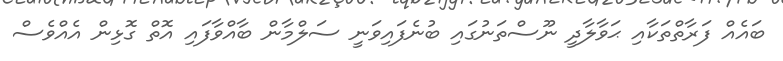
ބައެއް ފަރާތްތަކާއި ޙަވާލާދީ ނޫސްތަނުގައި ބުނެފައިވަނީ ސަލްމާން ބާއްވާފައި އޮތް ގޮޅިން އެއްވެސް